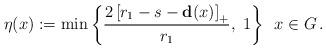
LaTeX: \begin{align*}\eta(x):=\min\left\{\frac{2\left[r_1-s-\mathbf{d}(x)\right]_+}{r_1},\,\,1\right\}\, \; x\in G\,.\end{align*}